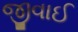
જીવાઈ